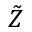
\tilde { Z }